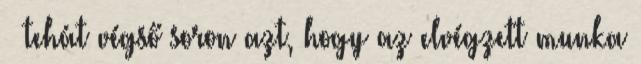
– tehát végső soron azt, hogy az elvégzett munka